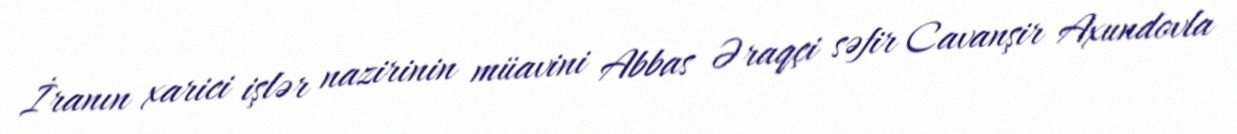
İranın xarici işlər nazirinin müavini Abbas Əraqçi səfir Cavanşir Axundovla